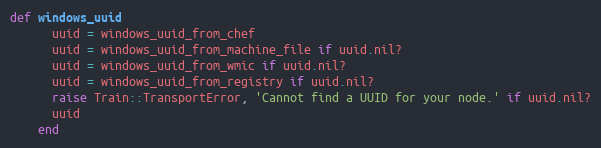
Language: Ruby
def windows_uuid
      uuid = windows_uuid_from_chef
      uuid = windows_uuid_from_machine_file if uuid.nil?
      uuid = windows_uuid_from_wmic if uuid.nil?
      uuid = windows_uuid_from_registry if uuid.nil?
      raise Train::TransportError, 'Cannot find a UUID for your node.' if uuid.nil?
      uuid
    end